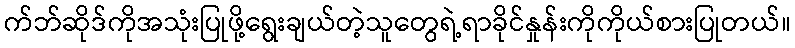
က်ဘ်ဆိုဒ်ကိုအသုံးပြုဖို့ရွေးချယ်တဲ့သူတွေရဲ့ရာခိုင်နှုန်းကိုကိုယ်စားပြုတယ်။